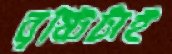
বৃষ্টিটাই